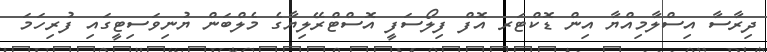
ދިރާސާ އިސްލާމިއްޔާ އިން ޑޮކްޓަރ އޮފް ފިލޯސަފީ އޮސްޓްރޭލިޔާގެ މެލްބަން ޔުނިވަސިޓީގައި ފުރިހަމަ